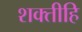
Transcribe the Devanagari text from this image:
शक्तीहि